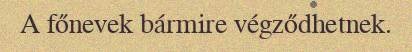
A főnevek bármire végződhetnek.